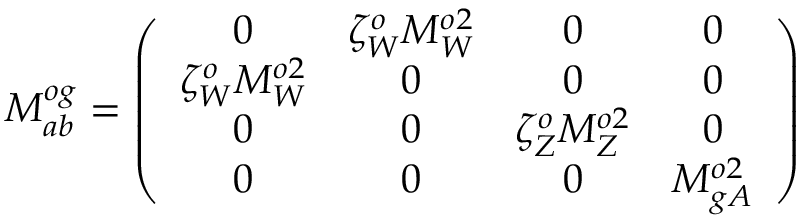
{ \cal M } _ { a b } ^ { o g } = \left( \begin{array} { c c c c } { { 0 } } & { { \zeta _ { W } ^ { o } M _ { W } ^ { o 2 } } } & { { 0 } } & { { 0 } } \\ { { \zeta _ { W } ^ { o } M _ { W } ^ { o 2 } } } & { { 0 } } & { { 0 } } & { { 0 } } \\ { { 0 } } & { { 0 } } & { { \zeta _ { Z } ^ { o } M _ { Z } ^ { o 2 } } } & { { 0 } } \\ { { 0 } } & { { 0 } } & { { 0 } } & { { M _ { g A } ^ { o 2 } } } \end{array} \right)